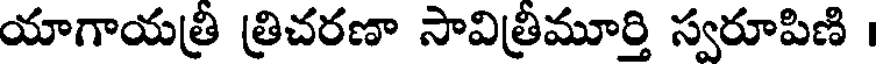
యాగాయత్రి త్రిచరణా సావిత్రిమూర్తి స్వరూపిణి ।